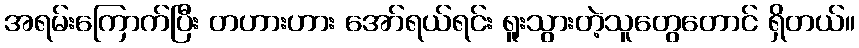
အရမ်းကြောက်ပြီး တဟားဟား အော်ရယ်ရင်း ရူးသွားတဲ့သူတွေတောင် ရှိတယ်။